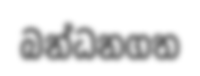
බන්ධනගත